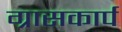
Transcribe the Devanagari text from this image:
ग्रासकार्प